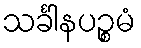
သင်္ခါနပဉ္စမံ